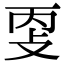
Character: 㪅